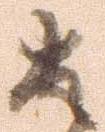
は